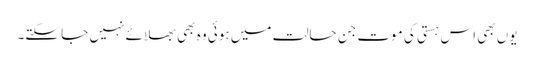
یوں بھی اس ہستی کی موت جن حالت میں ہوئی وہ بھی بھلائے نہیں جا سکتے۔